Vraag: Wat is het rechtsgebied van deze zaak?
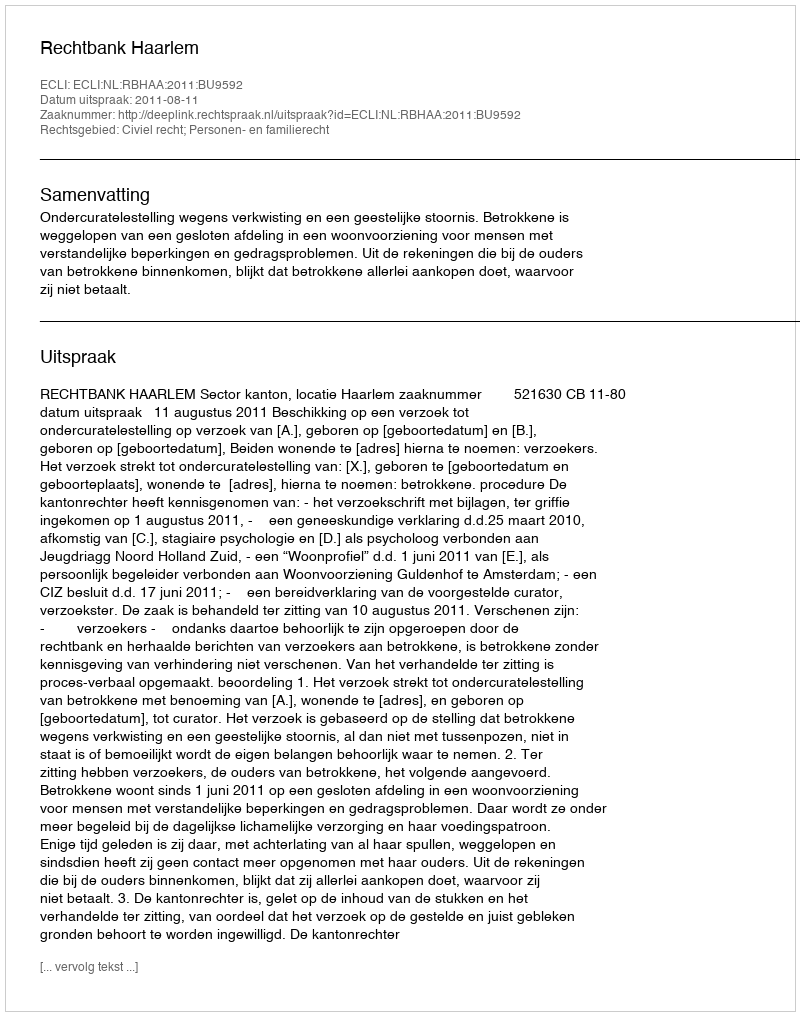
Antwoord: Civiel recht; Personen- en familierecht